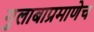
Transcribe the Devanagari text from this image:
गुलाबाप्रमाणेच